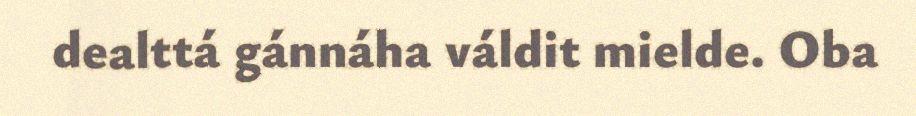
dealttá gánnáha váldit mielde. Oba